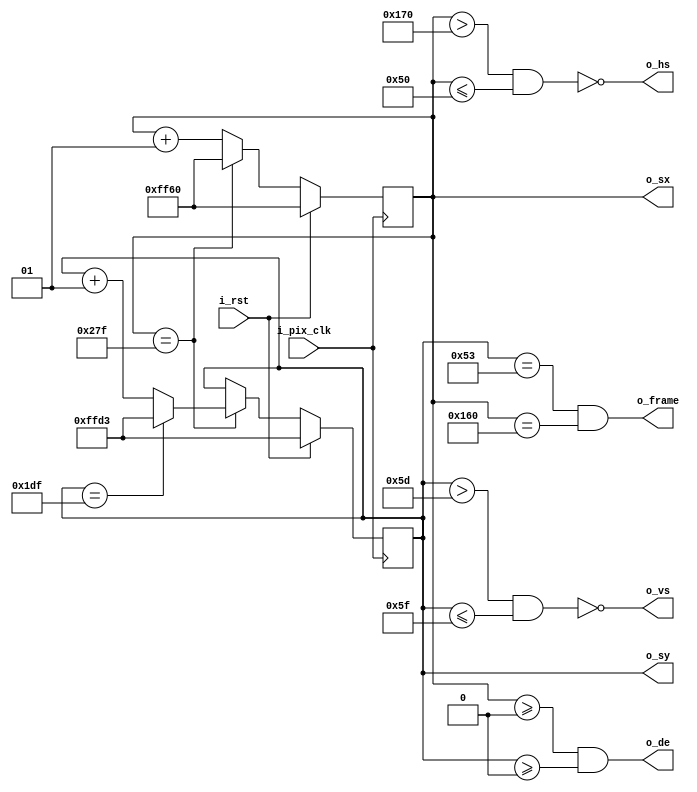
`timescale 1ns / 1ps
`default_nettype none

// Project F: Display Timings
// (C)2019 Will Green, Open Source Hardware released under the MIT License
// Learn more at https://projectf.io

// Defaults to 640x480 at 60 Hz

module display_timings #(
    parameter H_RES=640,                      // horizontal resolution (pixels)
    parameter V_RES=480,                      // vertical resolution (lines)
    parameter H_FP=16,                        // horizontal front porch
    parameter H_SYNC=96,                      // horizontal sync
    parameter H_BP=48,                        // horizontal back porch
    parameter V_FP=10,                        // vertical front porch
    parameter V_SYNC=2,                       // vertical sync
    parameter V_BP=33,                        // vertical back porch
    parameter H_POL=0,                        // horizontal sync polarity (0:neg, 1:pos)
    parameter V_POL=0                         // vertical sync polarity (0:neg, 1:pos)
    )
    (
    input  wire i_pix_clk,          // pixel clock
    input  wire i_rst,              // reset: restarts frame (active high)
    output wire o_hs,               // horizontal sync
    output wire o_vs,               // vertical sync
    output wire o_de,               // display enable: high during active video
    output wire o_frame,            // high for one tick at the start of each frame
    output reg signed [15:0] o_sx,  // horizontal beam position (including blanking)
    output reg signed [15:0] o_sy   // vertical beam position (including blanking)
    );

    // Horizontal: sync, active, and pixels
    localparam signed H_STA  = 0 - H_FP - H_SYNC - H_BP;    // horizontal start
    localparam signed HS_STA = H_STA + H_FP;                // sync start
    localparam signed HS_END = HS_STA + H_SYNC;             // sync end
    localparam signed HA_STA = 0;                           // active start
    localparam signed HA_END = H_RES - 1;                   // active end

    // Vertical: sync, active, and pixels
    localparam signed V_STA  = 0 - V_FP - V_SYNC - V_BP;    // vertical start
    localparam signed VS_STA = V_STA + V_FP;                // sync start
    localparam signed VS_END = VS_STA + V_SYNC;             // sync end
    localparam signed VA_STA = 0;                           // active start
    localparam signed VA_END = V_RES - 1;                   // active end

    // generate sync signals with correct polarity
    assign o_hs = H_POL ? (o_sx > HS_STA && o_sx <= HS_END)
        : ~(o_sx > HS_STA && o_sx <= HS_END);
    assign o_vs = V_POL ? (o_sy > VS_STA && o_sy <= VS_END)
        : ~(o_sy > VS_STA && o_sy <= VS_END);

    // display enable: high during active period
    assign o_de = (o_sx >= 0 && o_sy >= 0);

    // o_frame: high for one tick at the start of each frame
    assign o_frame = (o_sy == V_STA && o_sx == H_STA);

    always @ (posedge i_pix_clk)
    begin
        if (i_rst)  // reset to start of frame
        begin
            o_sx <= H_STA;
            o_sy <= V_STA;
        end
        else
        begin
            if (o_sx == HA_END)  // end of line
            begin
                o_sx <= H_STA;
                if (o_sy == VA_END)  // end of frame
                    o_sy <= V_STA;
                else
                    o_sy <= o_sy + 16'sh1;
            end
            else
                o_sx <= o_sx + 16'sh1;
        end
    end
endmodule